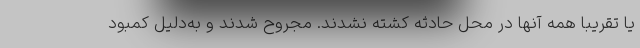
یا تقریبا همه آنها در محل حادثه کشته نشدند. مجروح شدند و به‌دلیل کمبود